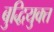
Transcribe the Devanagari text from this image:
बुद्धियुक्‍त